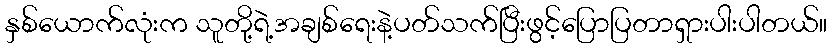
နှစ်ယောက်လုံးက သူတို့ရဲ့အချစ်ရေးနဲ့ပတ်သက်ပြီးဖွင့်ပြောပြတာရှားပါးပါတယ်။